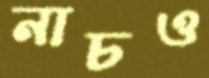
নাচও